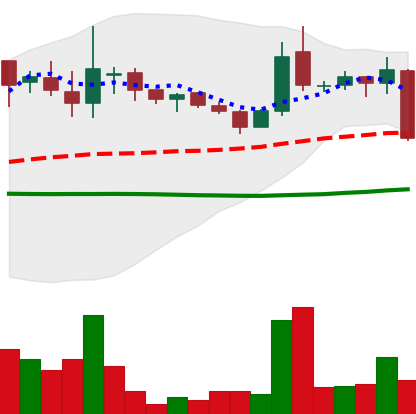
Ticker: LINK-USD
Chart end date: 2018-10-11
Forward return: 18.352%
Label: up_7plus